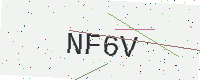
Text: NF6V